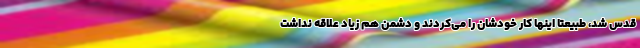
قدس شد، طبیعتا اینها کار خودشان را می‌کردند و دشمن هم زیاد علاقه نداشت